Cholera in southern India
Disease focus: Cholera
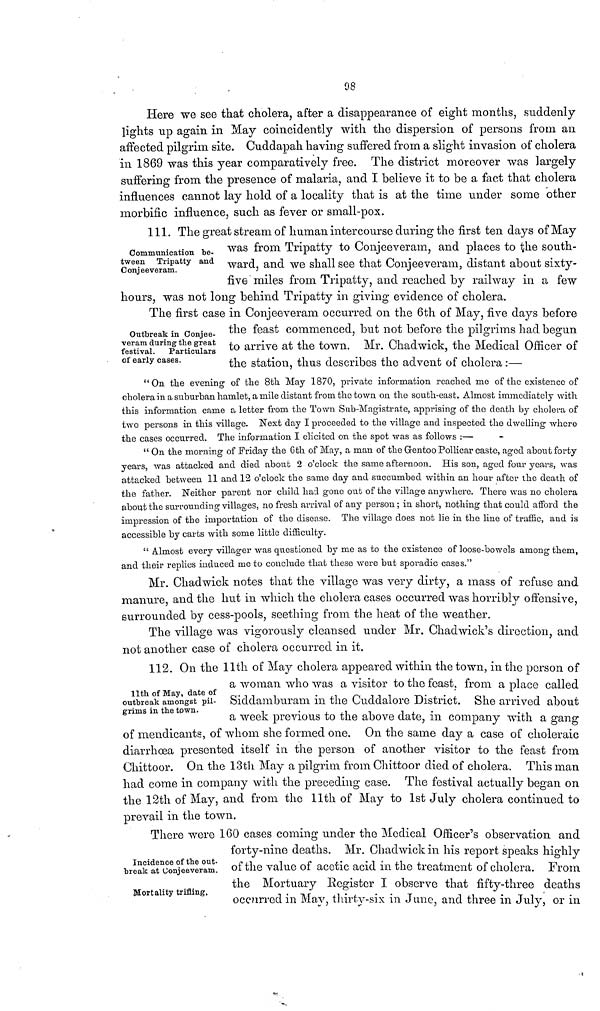
08
Here we see that cholera, after a disappearance of eight months, suddenly
lights up again in May coincidently with the dispersion of persons from an
affected pilgrim site. Cuddapah having suffered from a slight invasion of cholera
in 1869 was this year comparatively free. The district moreover was largely
suffering from the presence of malaria, and I believe it to be a fact that cholera
influences cannot lay hold of a locality that is at the time under some other
morbific influence, such as fever or small-pox.
Communication be-
tween Tripatty and
Conjeeveram.
111. The great stream of human intercourse during the first ten days of May
was from Tripatty to Conjeeveram, and places to the south-
ward, and we shall see that Conjeeveram, distant about sixty-
five miles from Tripatty, and reached by railway in a few
hours, was not long behind Tripatty in giving evidence of cholera.
Outbreak in Conjee-
veram during the great
festival.
Particulars
of early cases.
The first case in Conjeeveram occurred on the 6th of May, five days before
the feast commenced, but not before the pilgrims had begun
to arrive at the town. Mr. Chadwick, the Medical Officer of
the station, thus describes the advent of cholera :—
"On the evening of the 8th May 1870, private information reached me of the existence of
cholera in a suburban hamlet, a mile distant from the town on the south-east. Almost immediately with
this information came a letter from the Town Sub-Magistrate, apprising of the death by cholera of
two persons in this village. Next day I proceeded to the village and inspected the dwelling where
the cases occurred. The information I elicited on the spot was as follows :—
" On the morning of Friday the 6th of May, a man of the Gentoo Pollicar caste, aged about forty
years, was attacked and died about 2 o'clock the same afternoon. His son, aged four years, was
attacked between 11 and 12 o'clock the same day and succumbed within an hour after the death of
the father. Neither parent nor child had gone out of the village anywhere. There was no cholera
about the surrounding villages, no fresh arrival of any person ; in short, nothing that could afford the
impression of the importation of the disease. The village does not lie in the line of traffic, and is
accessible by carts with some little difficulty.
" Almost every villager was questioned by me as to the existence of loose-bowels among them,
and their replies induced me to conclude that these were but sporadic cases."
Mr. Chadwick notes that the village was very dirty, a mass of refuse and
manure, and the hut in which the cholera cases occurred was horribly offensive,
surrounded by cess-pools, seething from the heat of the weather.
The village was vigorously cleansed under Mr. Chadwick's direction, and
not another case of cholera occurred in it.
11th of May, date of
outbreak amongst pil-
grims in the town.
112. On the 11th of May cholera appeared within the town, in the person of
a woman who was a visitor to the feast, from a place called
Siddamburam in the Cuddalore District. She arrived about
a week previous to the above date, in company with a gang
of mendicants, of whom she formed one. On the same day a case of choleraic
diarrhoea presented itself in the person of another visitor to the feast from
Chittoor. On the 13th May a pilgrim from Chittoor died of cholera. This man
had come in company with the preceding case. The festival actually began on
the 12th of May, and from the 11th of May to 1st July cholera continued to
prevail in the town.
Incidence of the out-
break at Conjeeveram.
Mortality trifling.
There were 160 cases coming under the Medical Officer's observation and
forty-nine deaths. Mr. Chadwick in his report speaks highly
of the value of acetic acid in the treatment of cholera. From
the Mortuary Register I observe that fifty-three deaths
occurred in May, thirty-six in June, and three in July, or in